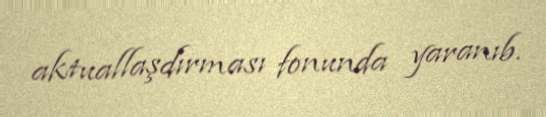
aktuallaşdırması fonunda yaranıb.